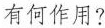
有何作用？